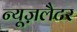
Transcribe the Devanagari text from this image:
न्यूज़लैटर